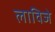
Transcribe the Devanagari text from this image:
लाविजे